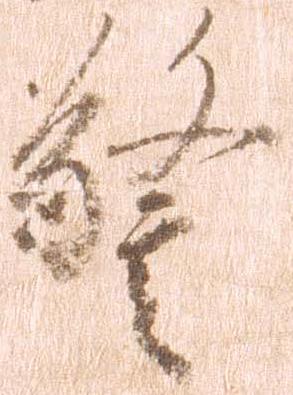
警